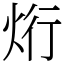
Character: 烆